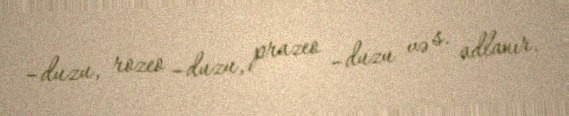
–duzu, rozeo –duzu, prazeo –duzu və s. adlanır.